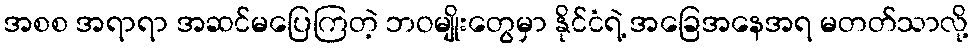
အစစ အရာရာ အဆင်မပြေကြတဲ့ ဘဝမျိုးတွေမှာ နိုင်ငံရဲ့ အခြေအနေအရ မတတ်သာလို့